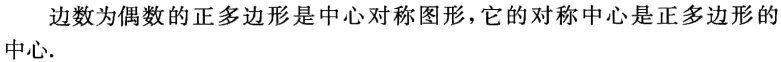
边数为偶数的正多边形是中心对称图形，它的对称中心是正多边形的中心.